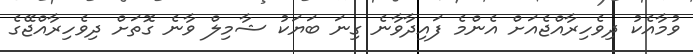
ވުމާއެކު ދިވެހިރާއްޖެއަށް އެންމެ ފައިދާވާނެ ގިނަ ބަޔަކު ޝާމިލް ވާނެ ގޮތަށް ދިވެހިރާއްޖޭގެ